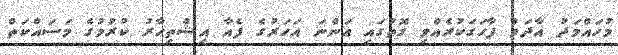
މުހައްމަދު އާދަމް ފާހަގަކުރެއްވި ގޮތުގައި އަންނަ އަހަރުގެ ފެއާ އިޝްތިހާރު ކުރުމުގެ މަސައްކަތް